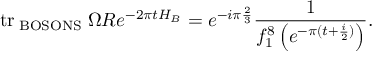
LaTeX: \mathrm { t r } _ { \mathrm { \tiny ~ B O S O N S } } \; \Omega R e ^ { - 2 \pi t H _ { B } } = e ^ { - i \pi \frac { 2 } { 3 } } \frac { 1 } { f _ { 1 } ^ { 8 } \left( e ^ { - \pi ( t + \frac { i } { 2 } ) } \right) } .